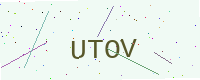
Text: UTOV